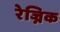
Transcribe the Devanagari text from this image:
रेज्निक